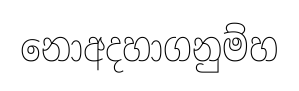
නොඅදහාගනුම්හ